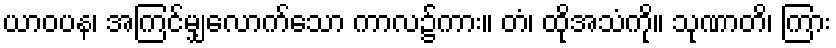
ယာဝပန၊ အကြင်မျှလောက်သော ကာလ၌ကား။ တံ၊ ထိုအသံကို။ သုဏာတိ၊ ကြား